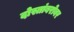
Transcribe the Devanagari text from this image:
दोस्तांबरोबर